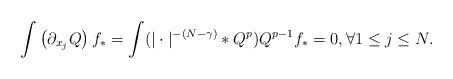
LaTeX: \begin{align*}\int \left( \partial_{x_j} Q \right) f_* = \int (|\cdot|^{-(N-\gamma)} * Q^p) Q^{p-1} f_*=0, \forall 1 \le j \le N.\end{align*}